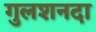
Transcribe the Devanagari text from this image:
गुलशनदा